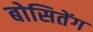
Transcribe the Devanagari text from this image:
बोसितेंग